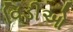
વિડીઓ